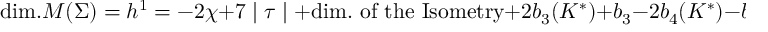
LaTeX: \mathrm { d i m . } { \cal M } ( \Sigma ) = h ^ { 1 } = - 2 \chi + 7 \mid \tau \mid + \mathrm { d i m . ~ o f { } ~ t h e ~ I s o m e t r y } + 2 b _ { 3 } ( K ^ { \ast } ) + b _ { 3 } - 2 b _ { 4 } ( K ^ { \ast } ) - b _ { 4 } \ .